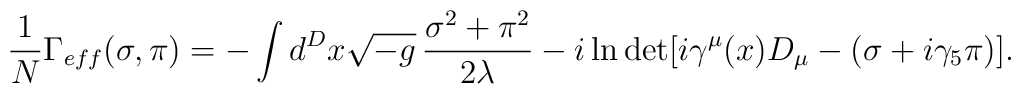
{1 \over N } \Gamma_{eff}(\sigma,\pi)=-\int d^D x \sqrt{-g}\, {\sigma^2+\pi^2 \over 2\lambda} -i\ln \det [i\gamma^\mu (x)D_\mu-(\sigma+i\gamma_5\pi)].